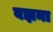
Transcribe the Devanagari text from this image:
बझना